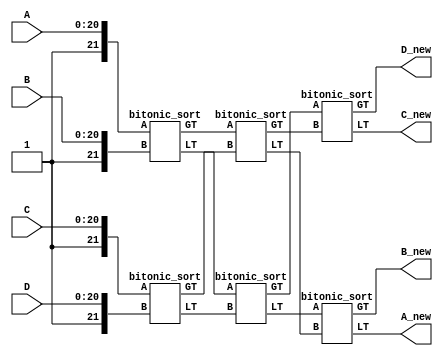
//corresponding to p=4
module sorting_block(A,B,C,D,A_new,B_new,C_new,D_new);
input wire [20:0] A,B,C,D;//21 bit word, no update signal
output wire[21:0] A_new,B_new,C_new,D_new;
wire [21:0] A_,B_,C_,D_;//22 bit word, with update signal added
wire [21:0] temp [0:7];
assign A_={1'b1,A};
assign B_={1'b1,B};
assign C_={1'b1,C};
assign D_={1'b1,D};
bitonic_sort C1(A_,B_,temp[0],temp[1]);
bitonic_sort C2(C_,D_,temp[2],temp[3]);
bitonic_sort C3(temp[0],temp[2],temp[4],temp[5]);
bitonic_sort C4(temp[1],temp[3],temp[6],temp[7]);
bitonic_sort C5(temp[4],temp[6],A_new,B_new);
bitonic_sort C6(temp[5],temp[7],C_new,D_new);
endmodule

module bitonic_sort(A,B,LT,GT);
//For A,B,LT,GT
//6:0-->W[i]
//11:7-->index j
//16:12---->index i
//20:17---->W[i,j]
//21----->update signal
input wire [21:0] A,B;//21th bit is update signal: 1 means valid update
output reg[21:0] LT,GT;
reg [6:0] W_A,W_B;
always@(A,B)
begin//start of always
if (A[21]==1'b1 && B[21]==1'b1)//update signals are equla and are 1
	begin
	if(A[11:7]==B[11:7])
		begin
		W_A={3'b000,A[20:17]}+A[6:0];
		W_B={3'b000,B[20:17]}+B[6:0];
		if(W_A<W_B)
			begin
			LT=A[21:0];
			GT={1'b0,B[20:0]};
			end
		else
			begin
			LT=B[21:0];
			GT={1'b0,A[20:0]};
			end
		end
	else if(A[11:7]<B[11:7])
		begin 
		LT=A[21:0];
		GT=B[21:0];
		end
	else
		begin
		LT=B[21:0];
		GT=A[21:0];
		end
	
	end
	else if(A[21]==1'b1 && B[21]==1'b0)
		begin
		LT=A[21:0];
		GT=B[21:0];
		end
	else if(A[21]==1'b0 && B[21]==1'b1)
		begin
		LT=B[21:0];
		GT=A[21:0];
		end
	else
		begin
		LT=A[21:0];
		GT=B[21:0];
		end
		
	
end//end of always
endmodule